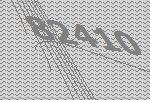
82410